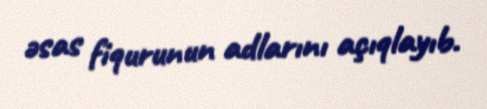
əsas fiqurunun adlarını açıqlayıb.